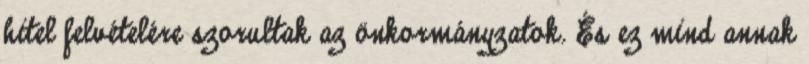
hitel felvételére szorultak az önkormányzatok. És ez mind annak